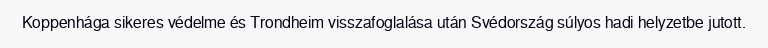
Koppenhága sikeres védelme és Trondheim visszafoglalása után Svédország súlyos hadi helyzetbe jutott.